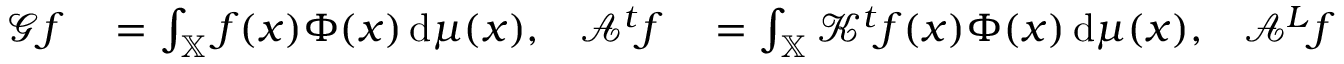
\begin{array} { r l r l r l } { \mathcal { G } f } & { { } = \int _ { \mathbb { X } } f ( x ) \Phi ( x ) \, \mathrm { d } \mu ( x ) , } & { \mathcal { A } ^ { t } f } & { { } = \int _ { \mathbb { X } } \mathcal { K } ^ { t } f ( x ) \Phi ( x ) \, \mathrm { d } \mu ( x ) , } & { \mathcal { A } ^ { L } f } & { { } = \int _ { \mathbb { X } } \mathcal { L } f ( x ) \Phi ( x ) \, \mathrm { d } \mu ( x ) . } \end{array}